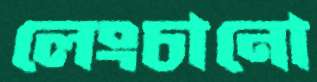
লেংচানো